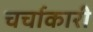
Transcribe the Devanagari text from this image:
चर्चाकारी